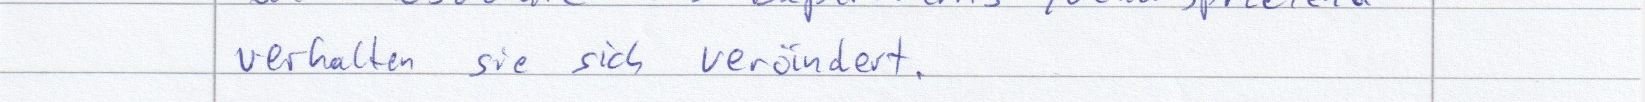
verhalten sie sich verändert.